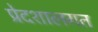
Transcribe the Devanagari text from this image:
प्रेदशालगत